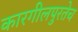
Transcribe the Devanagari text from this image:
कारगीलपुरतेच